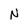
Character: N